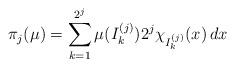
LaTeX: \begin{align*} \pi_j(\mu) = \sum_{k=1}^{2^j} \mu(I_k^{(j)}) 2^j \chi_{I_k^{(j)}}(x) \, dx\end{align*}